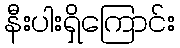
နီးပါးရှိကြောင်း